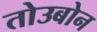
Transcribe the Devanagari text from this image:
तोउबोन